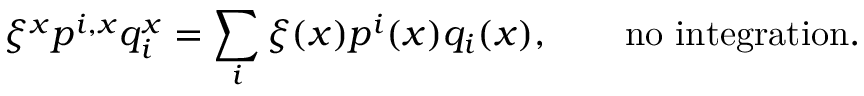
\xi ^ { x } p ^ { i , x } q _ { i } ^ { x } = \sum _ { i } \xi ( x ) p ^ { i } ( x ) q _ { i } ( x ) , \qquad \mathrm { n o ~ i n t e g r a t i o n . }